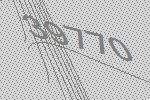
39770